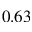
0 . 6 3